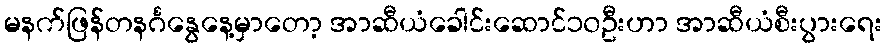
မနက်ဖြန်တနင်္ဂနွေနေ့မှာတော့ အာဆီယံခေါင်းဆောင်၁၀ဦးဟာ အာဆီယံစီးပွားရေး